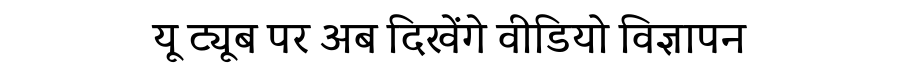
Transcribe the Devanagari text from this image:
यू ट्यूब पर अब दिखेंगे वीडियो विज्ञापन